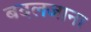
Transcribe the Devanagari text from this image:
बदलजाना